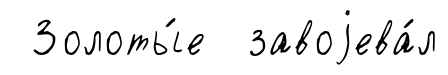
Золоты́е завоjева́л